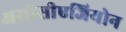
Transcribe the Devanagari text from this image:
असोसीएजियोन